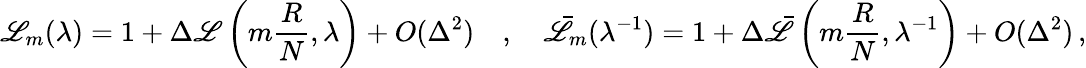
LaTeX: \mathscr{L}_{m}(\lambda)=1+\Delta{\cal\mathscr{L}}\left(m\frac{{R}}{{N}},\lambda\right)+O(\Delta^{2})\quad,\quad\bar{{\mathscr{L}}}_{m}(\lambda^{-1})=1+\Delta\bar{{\cal\mathscr{L}}}\left(m\frac{{R}}{{N}},\lambda^{-1}\right)+O(\Delta^{2})\, ,